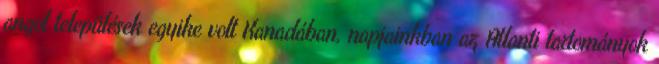
angol települések egyike volt Kanadában, napjainkban az Atlanti tartományok